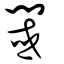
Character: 閾